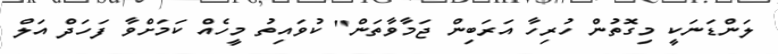
ލަންޑަނަކީ މިގޮތުން ހުރިހާ އަރަބިން ޖަމާވާތަން" ކުވައިތު މީހެއް ކަމަށްވާ ފަހަދް އަލް